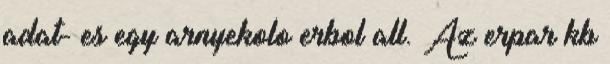
adat- es egy arnyekolo erbol all. Az erpar kb